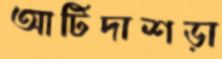
আটিদাশড়া